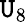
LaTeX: \mathtt{U}_{8}